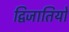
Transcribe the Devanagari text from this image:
द्विजातियों